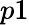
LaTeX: p1